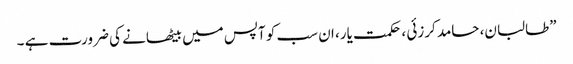
”طالبان، حامد کرزئی ، حکمت یار، ان سب کو آپس میں بیٹھانے کی ضرورت ہے ۔